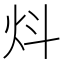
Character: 炓